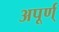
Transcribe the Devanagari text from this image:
अपूर्ण्‌